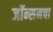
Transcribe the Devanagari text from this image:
जॉन्सनचा